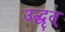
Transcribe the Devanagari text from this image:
उद्धृत्